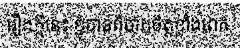
រឿងក្តីនេះ ខ្ញុំបាទពិបាកចិត្តខ្លាំងពេក